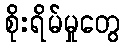
စိုးရိမ်မှုတွေ